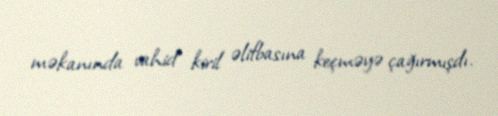
məkanında vahid kiril əlifbasına keçməyə çağırmışdı.